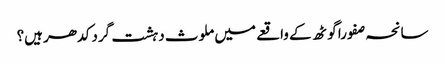
سانحہ صفورا گوٹھ کے واقعے میں ملوث دہشت گرد کدھر ہیں؟